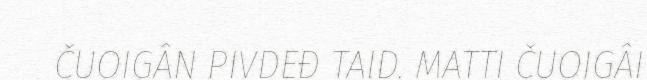
ČUOIGÂN PIVDEĐ TAID. MATTI ČUOIGÂI